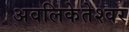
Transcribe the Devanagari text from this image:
अवलिकेतेश्‍वर